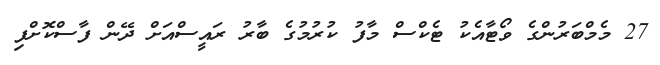
27 މެމްބަރުންގެ ވޯޓާއެކު ޓެކްސް މާފު ކުރުމުގެ ބާރު ރައީސްއަށް ދޭން ފާސްކޮށްފި